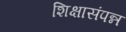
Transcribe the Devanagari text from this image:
शिक्षासंपन्न